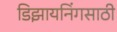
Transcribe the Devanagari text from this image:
डिझायनिंगसाठी